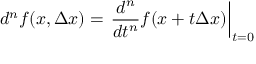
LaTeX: d ^ { n } f ( x , \Delta x ) = \left. { \frac { d ^ { n } } { d t ^ { n } } } f ( x + t \Delta x ) \right| _ { t = 0 }